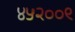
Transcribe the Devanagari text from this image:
४५२००९